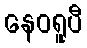
နေဝရူပီ